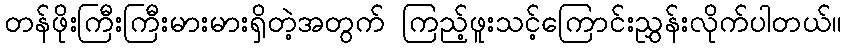
တန်ဖိုးကြီးကြီးမားမားရှိတဲ့အတွက် ကြည့်ဖူးသင့်ကြောင်းညွှန်းလိုက်ပါတယ်။